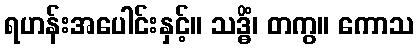
ရဟန်းအပေါင်းနှင့်။ သဒ္ဓိံ၊ တကွ။ ကောသ